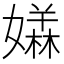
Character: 𡢥